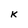
Character: K